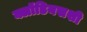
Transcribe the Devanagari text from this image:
क्लॉडियसशी